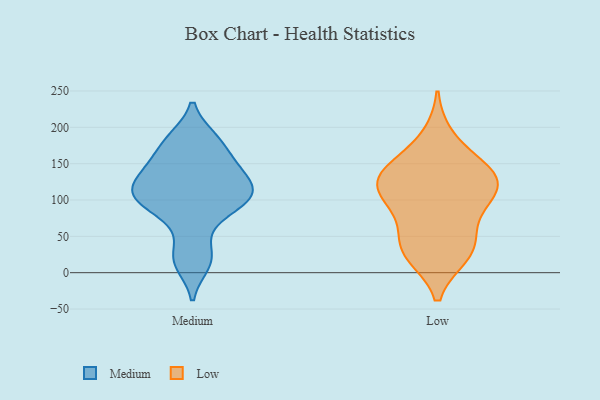
{"axis": {"x": "Waste Production (Tons)", "y": "Value"}, "legend": ["Low", "Medium"], "data": [{"x": "", "y": 153, "type": "Medium"}, {"x": "", "y": 12, "type": "Medium"}, {"x": "", "y": 26, "type": "Medium"}, {"x": "", "y": 184, "type": "Medium"}, {"x": "", "y": 73, "type": "Medium"}, {"x": "", "y": 140, "type": "Medium"}, {"x": "", "y": 96, "type": "Medium"}, {"x": "", "y": 113, "type": "Medium"}, {"x": "", "y": 181, "type": "Medium"}, {"x": "", "y": 139, "type": "Medium"}, {"x": "", "y": 111, "type": "Medium"}, {"x": "", "y": 108, "type": "Medium"}, {"x": "", "y": 103, "type": "Medium"}, {"x": "", "y": 144, "type": "Low"}, {"x": "", "y": 25, "type": "Low"}, {"x": "", "y": 143, "type": "Low"}, {"x": "", "y": 98, "type": "Low"}, {"x": "", "y": 116, "type": "Low"}, {"x": "", "y": 43, "type": "Low"}, {"x": "", "y": 135, "type": "Low"}, {"x": "", "y": 186, "type": "Low"}, {"x": "", "y": 76, "type": "Low"}, {"x": "", "y": 114, "type": "Low"}, {"x": "", "y": 134, "type": "Low"}, {"x": "", "y": 34, "type": "Low"}, {"x": "", "y": 27, "type": "Low"}, {"x": "", "y": 108, "type": "Low"}]}